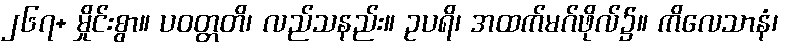
၂၆၇+ မှိုင်းစွာ။ ပဝတ္တတိ၊ လည်သနည်း။ ဥပရိ၊ အထက်မဂ်ဖိုလ်၌။ ကိလေသာနံ၊